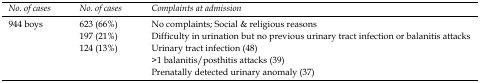
<table><thead><tr><td><b>No. of cases</b></td><td><b>No. of cases</b></td><td><b>Complaints at admission</b></td></tr></thead><tbody><tr><td rowspan="5">944 boys</td><td>623 (66%)</td><td>No complaints; Social &amp; religious reasons</td></tr><tr><td>197 (21%)</td><td>Difficulty in urination but no previous urinary tract infection or balanitis attacks</td></tr><tr><td rowspan="3">124 (13%)</td><td>Urinary tract infection (48)</td></tr><tr><td>&gt;1 balanitis/posthitis attacks (39)</td></tr><tr><td>Prenatally detected urinary anomaly (37)</td></tr></tbody></table>